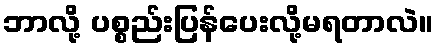
ဘာလို့ ပစ္စည်းပြန်ပေးလို့မရတာလဲ။